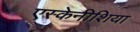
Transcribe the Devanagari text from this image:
एस्केनीशिया